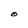
Character: O